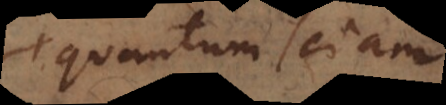
quantum sciam